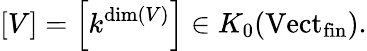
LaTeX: [V]=\left[k^{\dim(V)}\right]\in K_{0}(\mathrm{Vect}_{\mathrm{fin}}).